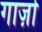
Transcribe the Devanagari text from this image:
गार्ज़ा